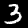
Label: 3